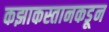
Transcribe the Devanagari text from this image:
कझाकस्तानकडून